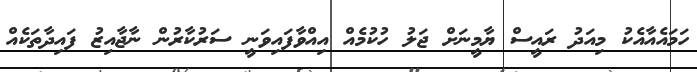
ހަމައެއާއެކު މިއަދު ރައީސް ޔާމީނަށް ޖަލު ހުކުމެއް އިއްވާފައިވަނީ ސަރުކާރުން ނާޖާއިޒު ފައިދާތަކެއް